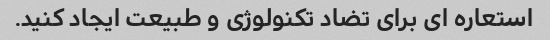
استعاره ای برای تضاد تکنولوژی و طبیعت ایجاد کنید.